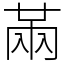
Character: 㒼